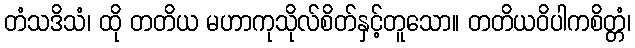
တံသဒိသံ၊ ထို တတိယ မဟာကုသိုလ်စိတ်နှင့်တူသော။ တတိယဝိပါကစိတ္တံ၊